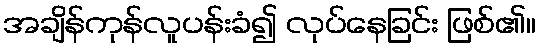
အချိန်ကုန်လူပန်းခံ၍ လုပ်နေခြင်း ဖြစ်၏။